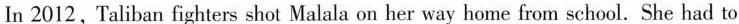
In 2012, Taliban fighters shot Malala on her way home from school. She had to